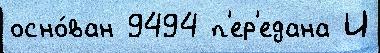
осно́ван 9494 п'ер'едана И